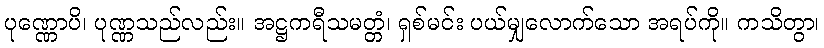
ပုဏ္ဏောပိ၊ ပုဏ္ဏသည်လည်း။ အဋ္ဌကရီသမတ္တံ၊ ရှစ်မင်း ပယ်မျှလောက်သော အရပ်ကို။ ကသိတွာ၊